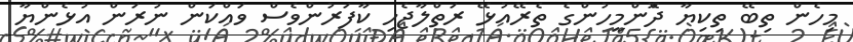
މިހެން ތިބޭ ތިކިޔާ ދޮްންމީހުންގެ ތެރޭއުޅޭ ރަތްލާޖެހި ކާފަރުންވެސް ވައްކަން ނުރަން އުޅެންޔާ